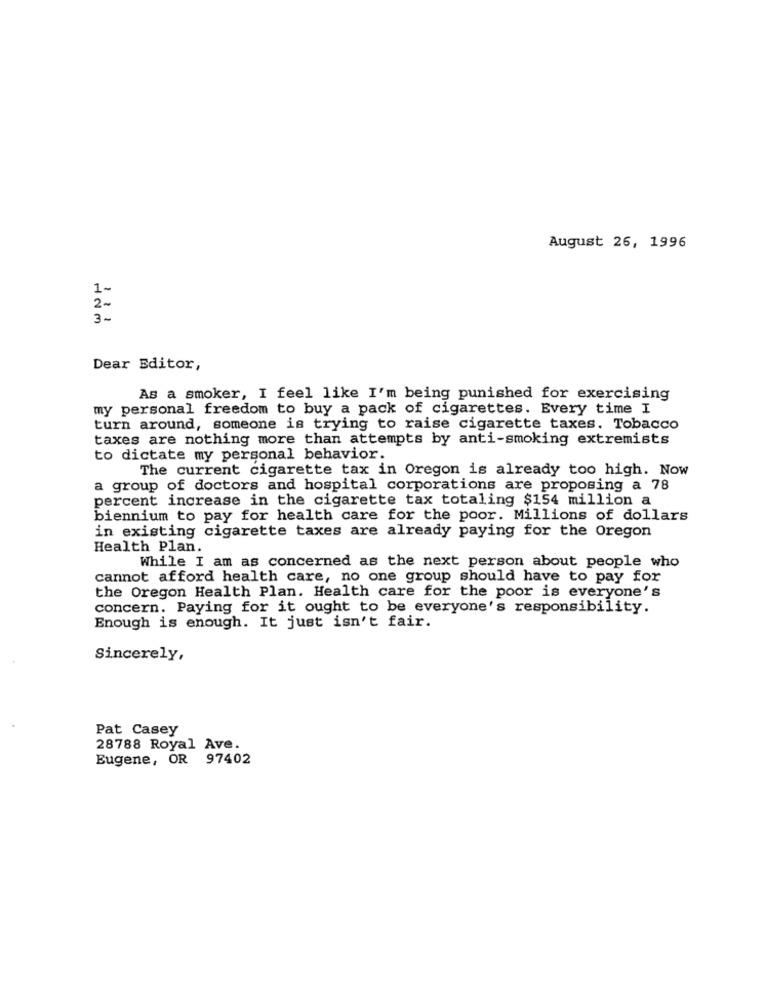
August 26, 1996
1-
2 -
3 -
Dear Editor,
As a smoker, I feel like I'm being punished for exercising
my personal freedom to buy a pack of cigarettes. Every time I
turn around, someone is trying to raise cigarette taxes. Tobacco
taxes are nothing more than attempts by anti-smoking extremists
to dictate my personal behavior.
The current cigarette tax in Oregon is already too high. Now
a group of doctors and hospital corporations are proposing a 78
percent increase in the cigarette tax totaling $154 million a
biennium to pay for health care for the poor. Millions of dollars
in existing cigarette taxes are already paying for the Oregon
Health Plan.
While I am as concerned as the next person about people who
cannot afford health care, no one group should have to pay for
the Oregon Health Plan. Health care for the poor is everyone's
concern. Paying for it ought to be everyone's responsibility.
Enough is enough. It just isn't fair.
Sincerely,
Pat Casey
28788 Royal Ave.
Eugene, OR 97402